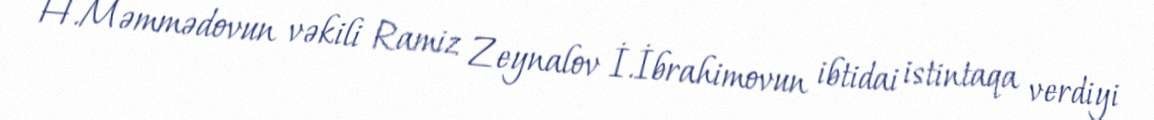
H.Məmmədovun vəkili Ramiz Zeynalov İ.İbrahimovun ibtidai istintaqa verdiyi